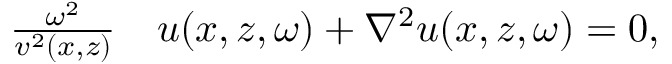
\begin{array} { r l } { \frac { \omega ^ { 2 } } { v ^ { 2 } ( x , z ) } } & { { } u ( x , z , \omega ) + \nabla ^ { 2 } { u ( x , z , \omega ) } = 0 , } \end{array}